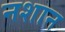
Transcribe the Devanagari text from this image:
नशान